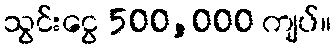
သွင်းငွေ 500,000 ကျပ်။